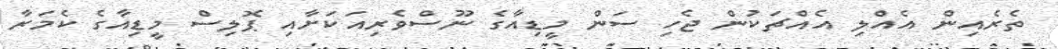
ތެރެއިން އެއްލި އެއްޗަކުން ޖެހި ސަން މީޑިއާގެ ނޫސްވެރިއަކަށާއި ޕޮލިސް މީޑިއާގެ ކެމަރާ